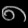
Digit: ၈